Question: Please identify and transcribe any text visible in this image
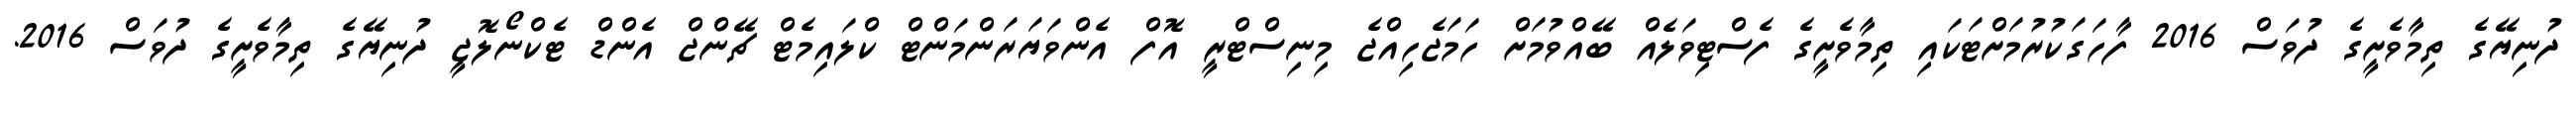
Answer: ދުނިޔޭގެ ތިމާވެށީގެ ދުވަސް 2016 ފާހަގަކުރުމަށްޓަކައި ތިމާވެށީގެ ފެސްޓިވަލެއް ބޭއްވުމަށް ހަމަޖެހިއްޖެ މިނިސްޓްރީ އޮފް އެންވަޔަރަންމަންޓް ކްލައިމެޓް ޗޭންޖް އެންޑް ޓެކްނޯލޮޖީ ދުނިޔޭގެ ތިމާވެށީގެ ދުވަސް 2016.